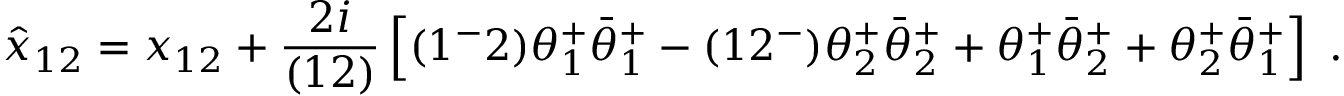
\hat { x } _ { 1 2 } = x _ { 1 2 } + { \frac { 2 i } { ( 1 2 ) } } \left[ ( 1 ^ { - } 2 ) \theta _ { 1 } ^ { + } \bar { \theta } _ { 1 } ^ { + } - ( 1 2 ^ { - } ) \theta _ { 2 } ^ { + } \bar { \theta } _ { 2 } ^ { + } + \theta _ { 1 } ^ { + } \bar { \theta } _ { 2 } ^ { + } + \theta _ { 2 } ^ { + } \bar { \theta } _ { 1 } ^ { + } \right] \ .